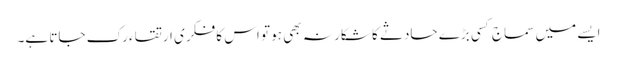
ایسے میں سماج کسی بڑے حادثے کا شکار نہ بھی ہو تو اس کا فکری ارتقاء رک جاتا ہے۔